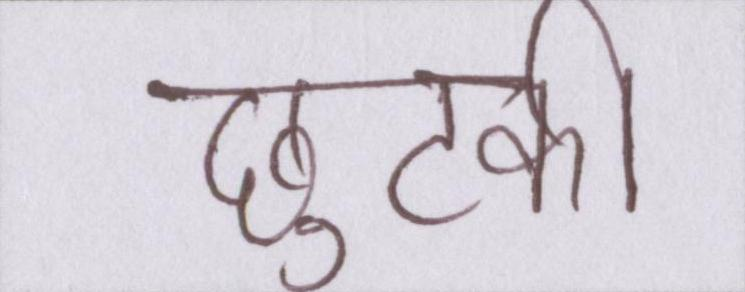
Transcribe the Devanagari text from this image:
छुटकी